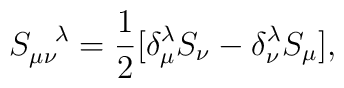
S_{\mu \nu}^{\hspace{.3 true cm} \lambda}=\frac{1}{2} [\delta_{\mu}^{\lambda} S_{\nu} -\delta_{\nu}^{\lambda} S_{\mu} ],